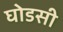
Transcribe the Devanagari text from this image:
घोडसी